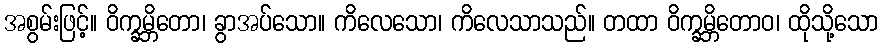
အစွမ်းဖြင့်။ ဝိက္ခမ္ဘိတော၊ ခွာအပ်သော။ ကိလေသော၊ ကိလေသာသည်။ တထာ ဝိက္ခမ္ဘိတောဝ၊ ထိုသို့သော